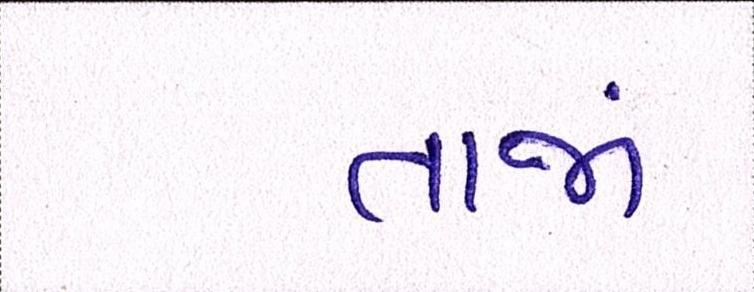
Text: તાજાં